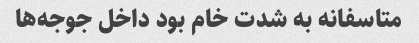
متاسفانه به شدت خام بود داخل جوجه‌ها